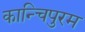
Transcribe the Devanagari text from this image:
कान्चिपुरम